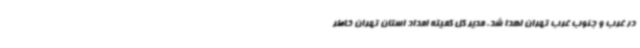
در غرب و جنوب غرب تهران اهدا شد. مدیر کل کمیته امداد استان تهران خاطر